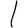
Digit: 1